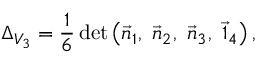
\Delta _ { V _ { 3 } } = \frac { 1 } { 6 } \, \mathrm { d e t } \left( \vec { n } _ { 1 } , \ \vec { n } _ { 2 } , \ \vec { n } _ { 3 } , \ \vec { \mathbb { 1 } } _ { 4 } \right) ,